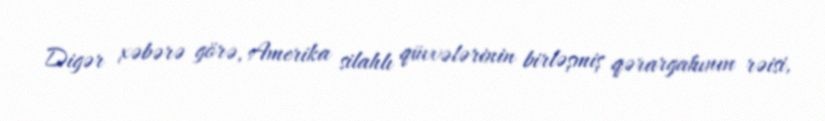
Digər xəbərə görə, Amerika silahlı qüvvələrinin birləşmiş qərargahının rəisi,